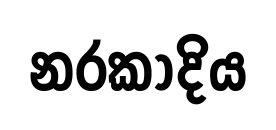
නරකාදිය